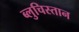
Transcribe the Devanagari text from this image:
ब्लुचिस्तान